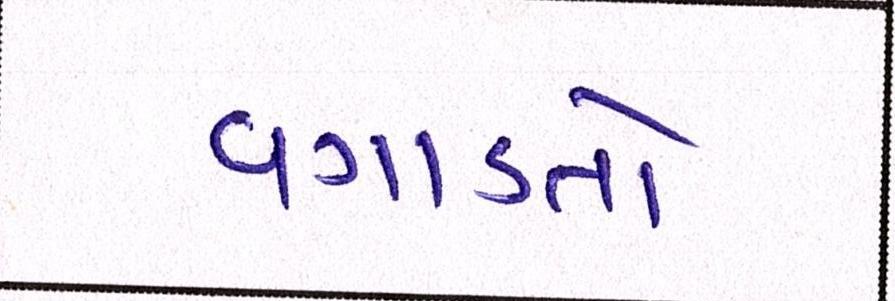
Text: વગાડતો